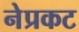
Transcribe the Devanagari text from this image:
नेप्रकट